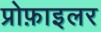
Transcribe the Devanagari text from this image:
प्रोफ़ाइलर